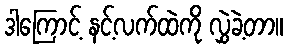
ဒါကြောင့် နင့်လက်ထဲကို လွှဲခဲ့တာ။